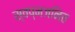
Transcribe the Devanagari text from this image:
स्वप्नजनित